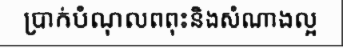
ប្រាក់បំណុលពពុះនិងសំណាងល្អ